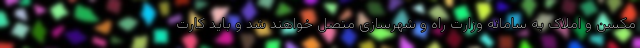
مکسن و املاک به سامانه وزارت راه و شهرسازی متصل خواهند شد و باید کارت